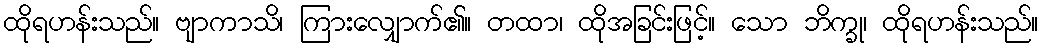
ထိုရဟန်းသည်။ ဗျာကာသိ၊ ကြားလျှောက်၏။ တထာ၊ ထိုအခြင်းဖြင့်။ သော ဘိက္ခု၊ ထိုရဟန်းသည်။